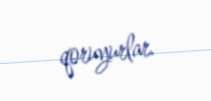
qoruyurlar.